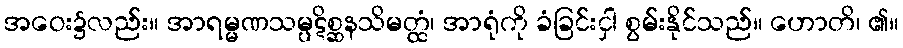
အဝေး၌လည်း။ အာရမ္မဏသမ္ပဋိစ္ဆနသိမတ္ထံ၊ အာရုံကို ခံခြင်းငှါ စွမ်းနိုင်သည်။ ဟောတိ၊ ၏။